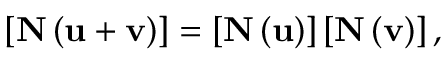
\left[ \mathbf { N } \left( \mathbf { u + v } \right) \right] = \left[ \mathbf { N } \left( \mathbf { u } \right) \right] \left[ \mathbf { N } \left( \mathbf { v } \right) \right] ,